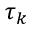
\tau _ { k }